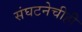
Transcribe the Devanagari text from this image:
संघटनेचीही